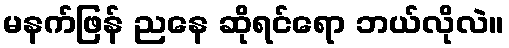
မနက်ဖြန် ညနေ ဆိုရင်ရော ဘယ်လိုလဲ။